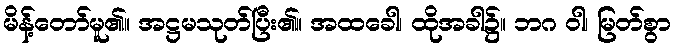
မိန့်တော်မူ၏။ အဋ္ဌမသုတ်ပြီး၏။ အထခေါ၊ ထိုအခါ၌။ ဘဂ ဝါ၊ မြတ်စွာ